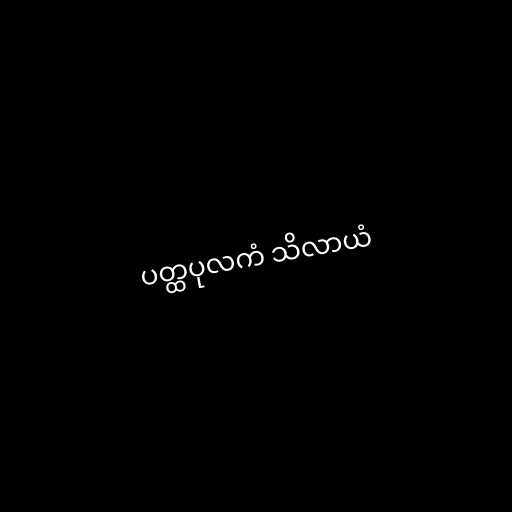
ပတ္ထပုလကံ သိလာယံ